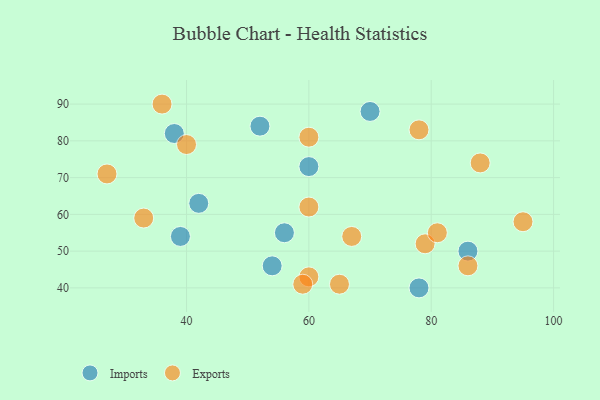
{"axis": {"x": "GDP", "y": "Life Expectancy"}, "legend": ["Exports", "Imports"], "data": [{"x": "54", "y": 46, "type": "Imports"}, {"x": "86", "y": 50, "type": "Imports"}, {"x": "52", "y": 84, "type": "Imports"}, {"x": "56", "y": 55, "type": "Imports"}, {"x": "70", "y": 88, "type": "Imports"}, {"x": "78", "y": 40, "type": "Imports"}, {"x": "60", "y": 73, "type": "Imports"}, {"x": "42", "y": 63, "type": "Imports"}, {"x": "38", "y": 82, "type": "Imports"}, {"x": "39", "y": 54, "type": "Imports"}, {"x": "67", "y": 54, "type": "Exports"}, {"x": "40", "y": 79, "type": "Exports"}, {"x": "60", "y": 43, "type": "Exports"}, {"x": "78", "y": 83, "type": "Exports"}, {"x": "95", "y": 58, "type": "Exports"}, {"x": "33", "y": 59, "type": "Exports"}, {"x": "27", "y": 71, "type": "Exports"}, {"x": "88", "y": 74, "type": "Exports"}, {"x": "60", "y": 62, "type": "Exports"}, {"x": "36", "y": 90, "type": "Exports"}, {"x": "60", "y": 81, "type": "Exports"}, {"x": "65", "y": 41, "type": "Exports"}, {"x": "79", "y": 52, "type": "Exports"}, {"x": "86", "y": 46, "type": "Exports"}, {"x": "59", "y": 41, "type": "Exports"}, {"x": "81", "y": 55, "type": "Exports"}]}